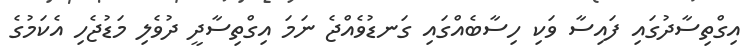
އިގްތިސާދުގައި ފައިސާ ވަކި ހިސާބެއްގައި ގަނޑުވެއްޖެ ނަމަ އިގްތިސާދީ ދުވެލި މަޑުޖެހި އެކަމުގެ